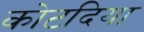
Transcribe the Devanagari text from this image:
कोटदिया